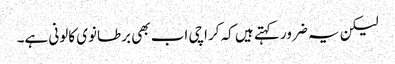
لیکن یہ ضرور کہتے ہیں کہ کراچی اب بھی برطانوی کالونی ہے۔